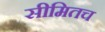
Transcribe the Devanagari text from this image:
सीमितच